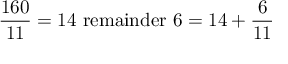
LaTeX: { \frac { 1 6 0 } { 1 1 } } = 1 4 { \mathrm { ~ r e m a i n d e r ~ } } 6 = 1 4 + { \frac { 6 } { 1 1 } }